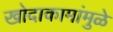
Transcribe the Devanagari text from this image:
खोदाकामांमुळे